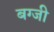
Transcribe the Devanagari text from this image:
बग्जी